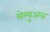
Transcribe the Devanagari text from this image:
सेम्‍युअल